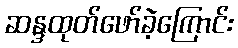
ဆန္ဒထုတ်ဖော်ခဲ့ကြောင်း